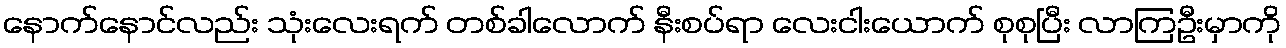
နောက်နောင်လည်း သုံးလေးရက် တစ်ခါလောက် နီးစပ်ရာ လေးငါးယောက် စုစုပြီး လာကြဦးမှာကို